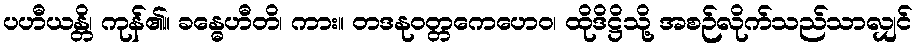
ပဟီယန္တိ၊ ကုန်၏။ ခန္ဓေဟီတိ၊ ကား။ တဒနုဝတ္တကေဟေဝ၊ ထိုဒိဋ္ဌိသို့ အစဉ်လိုက်သည်သာလျှင်